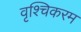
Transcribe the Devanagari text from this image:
वृश्चिकरम